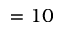
= 1 0